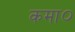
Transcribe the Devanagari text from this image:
कमा०